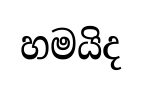
හමයිද